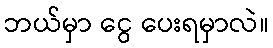
ဘယ်မှာ ငွေ ပေးရမှာလဲ။